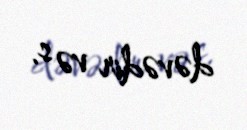
dəvədir və s.